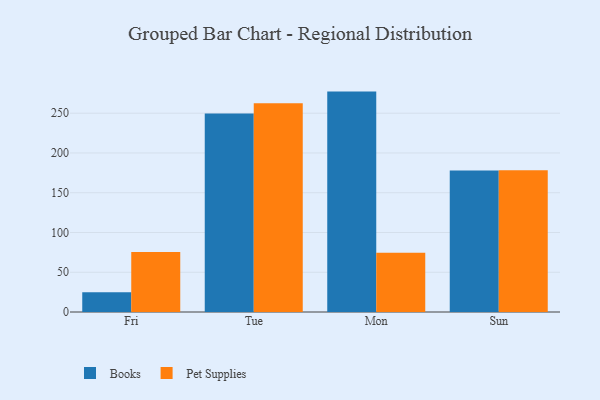
{"axis": {"x": "Day", "y": "Bounce Rate (%)"}, "legend": ["Books", "Pet Supplies"], "data": [{"x": "Fri", "y": 24.9, "type": "Books"}, {"x": "Fri", "y": 75.6, "type": "Pet Supplies"}, {"x": "Tue", "y": 249.5, "type": "Books"}, {"x": "Tue", "y": 262.7, "type": "Pet Supplies"}, {"x": "Mon", "y": 277.2, "type": "Books"}, {"x": "Mon", "y": 74.6, "type": "Pet Supplies"}, {"x": "Sun", "y": 178.0, "type": "Books"}, {"x": "Sun", "y": 178.3, "type": "Pet Supplies"}]}